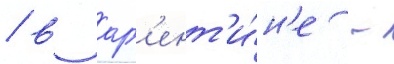
/ в арг'ент'и́н'е -